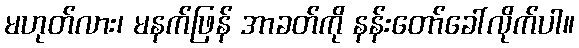
မဟုတ်လား၊ မနက်ဖြန် အာခတ်ကို နန်းတော်ခေါ်လိုက်ပါ။